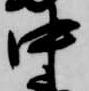
中